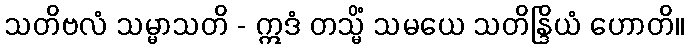
သတိဗလံ သမ္မာသတိ - ဣဒံ တသ္မိံ သမယေ သတိန္ဒြိယံ ဟောတိ။